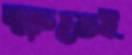
ক্ষতেই